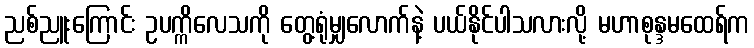
ညစ်ညူးကြောင်း ဥပက္ကိလေသကို တွေ့ရုံမျှလောက်နဲ့ ပယ်နိုင်ပါသလားလို့ မဟာစုန္ဒမထေရ်က